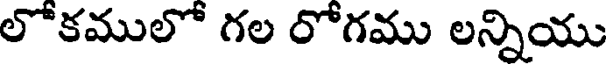
లోకములో గల రోగము లన్నియు